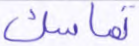
تماسك